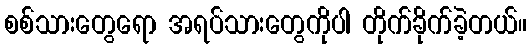
စစ်သားတွေရော အရပ်သားတွေကိုပါ တိုက်ခိုက်ခဲ့တယ်။